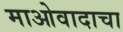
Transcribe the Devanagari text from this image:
माओवादाचा